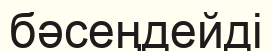
бәсеңдейді